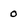
Character: 0